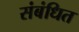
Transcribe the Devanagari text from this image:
संबंधित